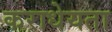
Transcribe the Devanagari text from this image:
कराधेयता